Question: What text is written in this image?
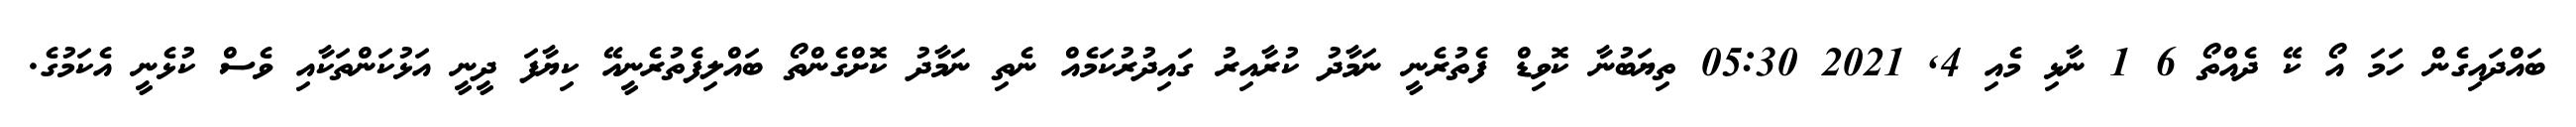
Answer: ބައްދައިގެން ހަމަ އޯ ކޭ ދެއްތޯ 6 1 ނާޅި މެއި 4, 2021 05:30 ތިޔަބުނާ ކޮވިޑް ފެތުރެނީ ނަމާދު ކުރާއިރު ގައިދުރުކަމެއް ނެތި ނަމާދު ކޮށްގެންތޯ ބައްލިފެތުރެނީއޭ ކިޔާފަ ދީނީ އަޅުކަންތަކާއި ވެސް ކުޅެނީ އެކަމުގެ.